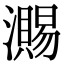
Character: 瀃